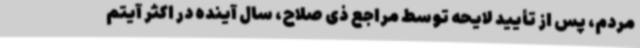
مردم، پس از تأیید لایحه توسط مراجع ذی صلاح، سال آینده در اکثر آیتم